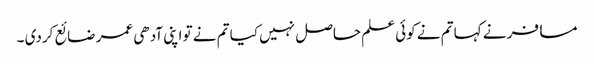
مسافر نے کہا تم نے کوئی علم حاصل نہیں کیا تم نے تو اپنی آدھی عمر ضائع کردی ۔